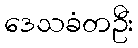
ဒေသခံတဦး